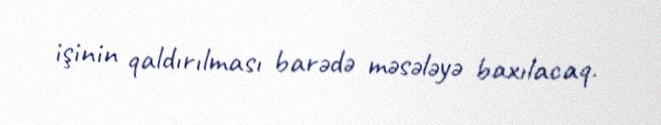
işinin qaldırılması barədə məsələyə baxılacaq.